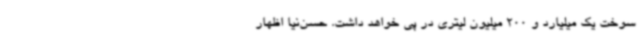
سوخت یک میلیارد و 200 میلیون لیتری در پی خواهد داشت. حسن‌نیا اظهار